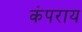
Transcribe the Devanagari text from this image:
कंपराय